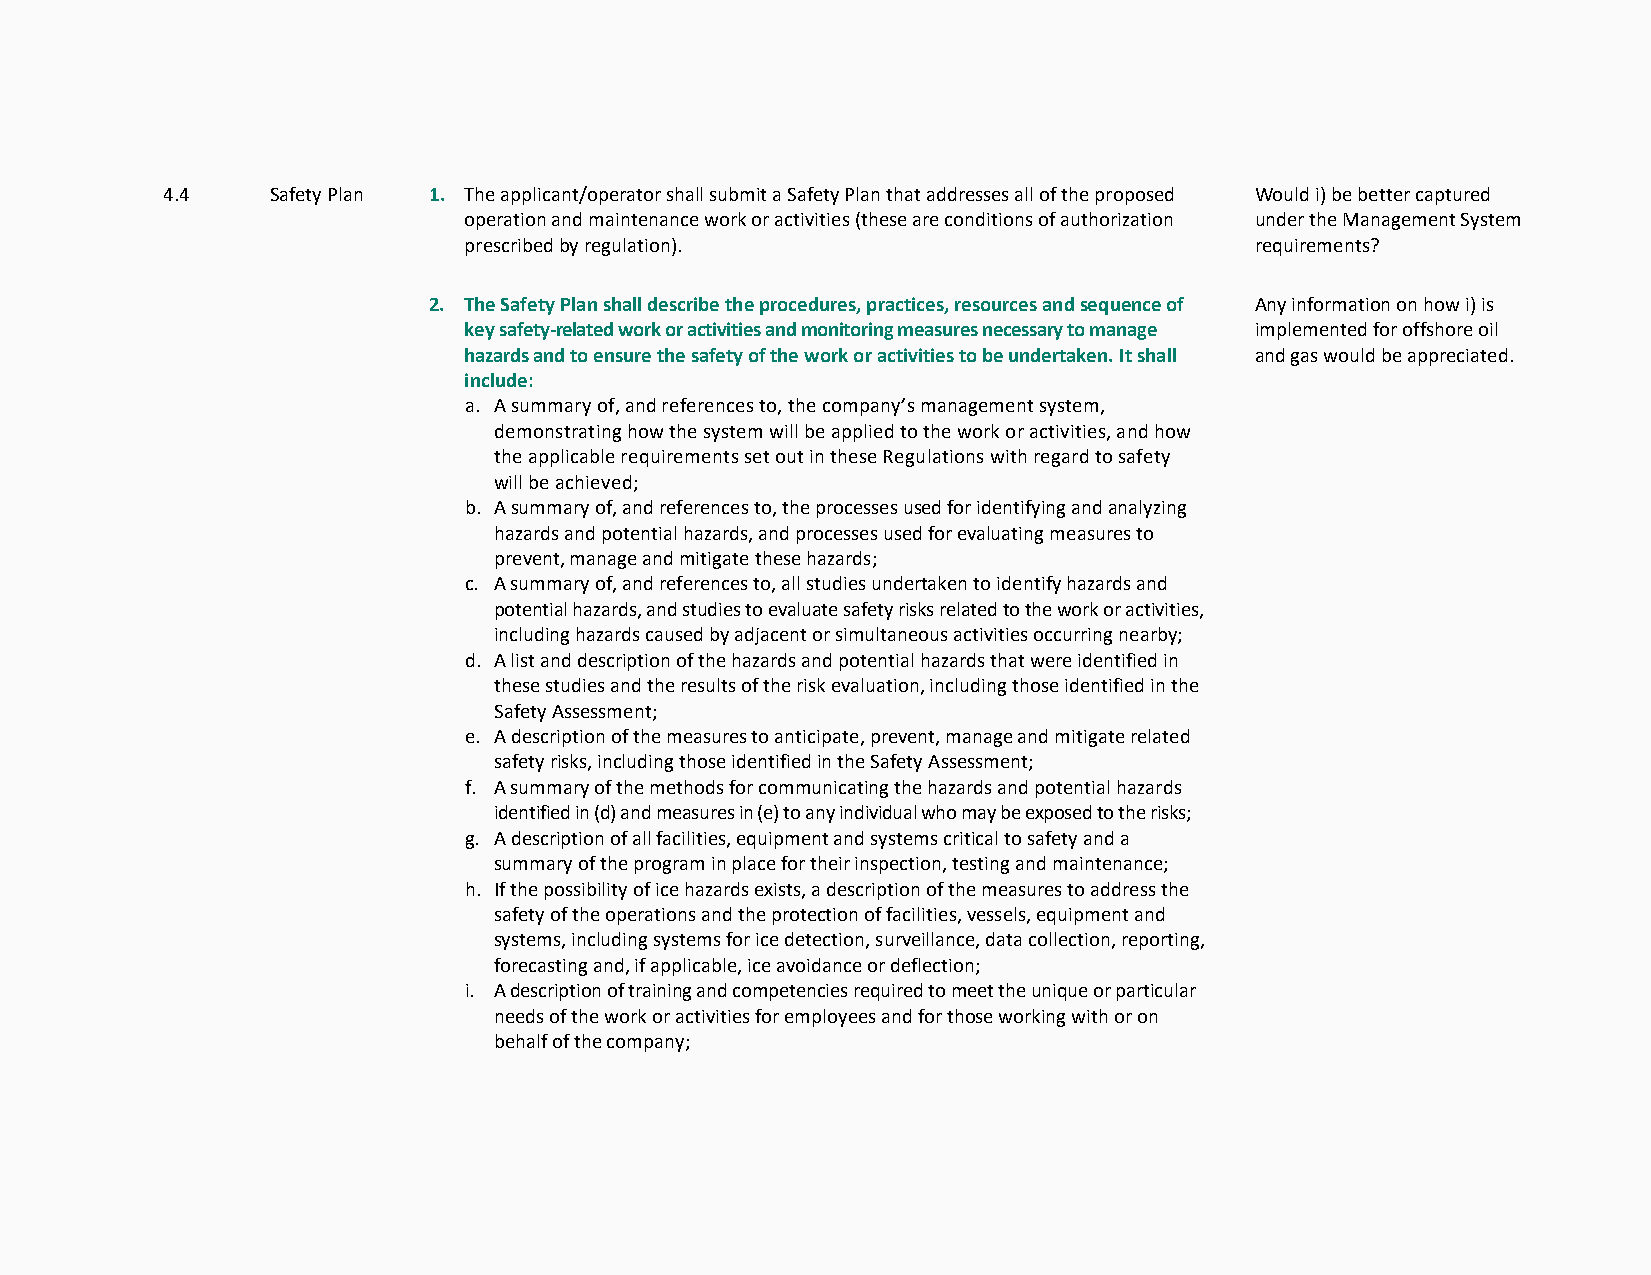
4.4    Safety Plan 1. The applicant/operator shall submit a Safety Plan that addresses all of the proposed Would i) be better captured
 operation and maintenance work or activities (these are conditions of authorization under the Management System
 prescribed by regulation).                          requirements?
 2. The Safety Plan shall describe the procedures, practices, resources and sequence of Any information on how i) is
 key safety-related work or activities and monitoring measures necessary to manage implemented for offshore oil
 hazards and to ensure the safety of the work or activities to be undertaken. It shall and gas would be appreciated.
 include:
 a. A summary of, and references to, the company’s management system,
 demonstrating how the system will be applied to the work or activities, and how
 the applicable requirements set out in these Regulations with regard to safety
 will be achieved;
 b. A summary of, and references to, the processes used for identifying and analyzing
 hazards and potential hazards, and processes used for evaluating measures to
 prevent, manage and mitigate these hazards;
 c. A summary of, and references to, all studies undertaken to identify hazards and
 potential hazards, and studies to evaluate safety risks related to the work or activities,
 including hazards caused by adjacent or simultaneous activities occurring nearby;
 d. A list and description of the hazards and potential hazards that were identified in
 these studies and the results of the risk evaluation, including those identified in the
 Safety Assessment;
 e. A description of the measures to anticipate, prevent, manage and mitigate related
 safety risks, including those identified in the Safety Assessment;
 f. A summary of the methods for communicating the hazards and potential hazards
 identified in (d) and measures in (e) to any individual who may be exposed to the risks;
 g. A description of all facilities, equipment and systems critical to safety and a
 summary of the program in place for their inspection, testing and maintenance;
 h. If the possibility of ice hazards exists, a description of the measures to address the
 safety of the operations and the protection of facilities, vessels, equipment and
 systems, including systems for ice detection, surveillance, data collection, reporting,
 forecasting and, if applicable, ice avoidance or deflection;
 i. A description of training and competencies required to meet the unique or particular
 needs of the work or activities for employees and for those working with or on
 behalf of the company;